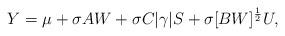
LaTeX: \begin{align*}Y = \mu + \sigma A W + \sigma C |\gamma| S + \sigma [BW]^{\frac{1}{2}} U,\end{align*}